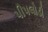
પીપલોડી